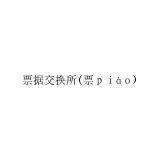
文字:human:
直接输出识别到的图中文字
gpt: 票据交换所(票ｐｉàｏ)